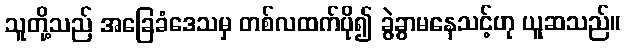
သူတို့သည် အခြေခံဒေသမှ တစ်လထက်ပို၍ ခွဲခွာမနေသင့်ဟု ယူဆသည်။